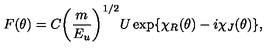
F ( \theta ) = C { \left( \frac { m } { E _ { u } } \right) } ^ { 1 / 2 } U \exp \{ \chi _ { R } ( \theta ) - i \chi _ { J } ( \theta ) \} ,